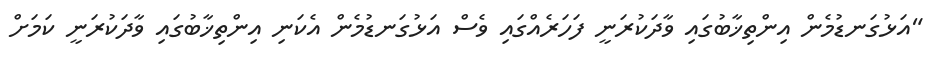
"އަޅުގަނޑުމެން އިންތިޚާބުގައި ވާދަކުރަނީ ފަހަރެއްގައި ވެސް އަޅުގަނޑުމެން އެކަނި އިންތިޚާބުގައި ވާދަކުރަނީ ކަމަށް